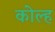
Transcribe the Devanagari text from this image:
कोल्ह